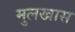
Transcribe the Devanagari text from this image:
मुलखास